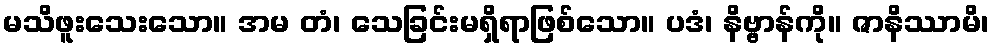
မသိဖူးသေးသော။ အမ တံ၊ သေခြင်းမရှိရာဖြစ်သော။ ပဒံ၊ နိဗ္ဗာန်ကို။ ဇာနိဿာမိ၊